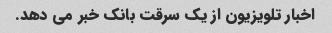
اخبار تلویزیون از یک سرقت بانک خبر می دهد.